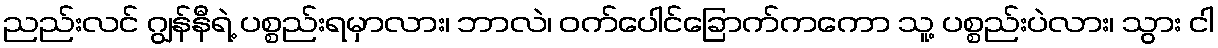
ညည်းလင် ဂျွန်နီရဲ့ ပစ္စည်းရမှာလား၊ ဘာလဲ၊ ဝက်ပေါင်ခြောက်ကကော သူ့ ပစ္စည်းပဲလား၊ သွား ငါ